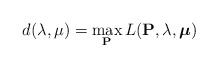
LaTeX: \begin{align*}d(\lambda,\mu)=\max_{\mathbf{P}} L(\mathbf{P},\lambda,\boldsymbol{\mu})\end{align*}